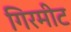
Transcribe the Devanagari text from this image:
गिरमीट